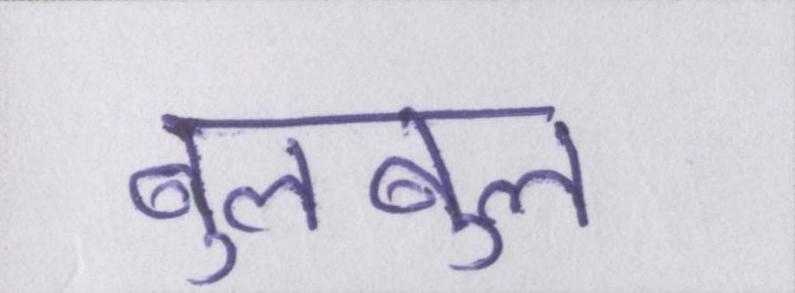
बुलबुल